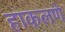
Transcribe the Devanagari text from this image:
हाकलणे